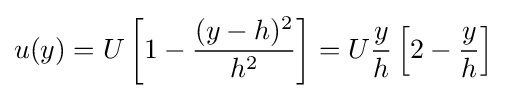
u(y)=U\left[1-{\frac {(y-h)^{2}}{h^{2}}}\right]=U{\frac {y}{h}}\left[2-{\frac {y}{h}}\right]\;